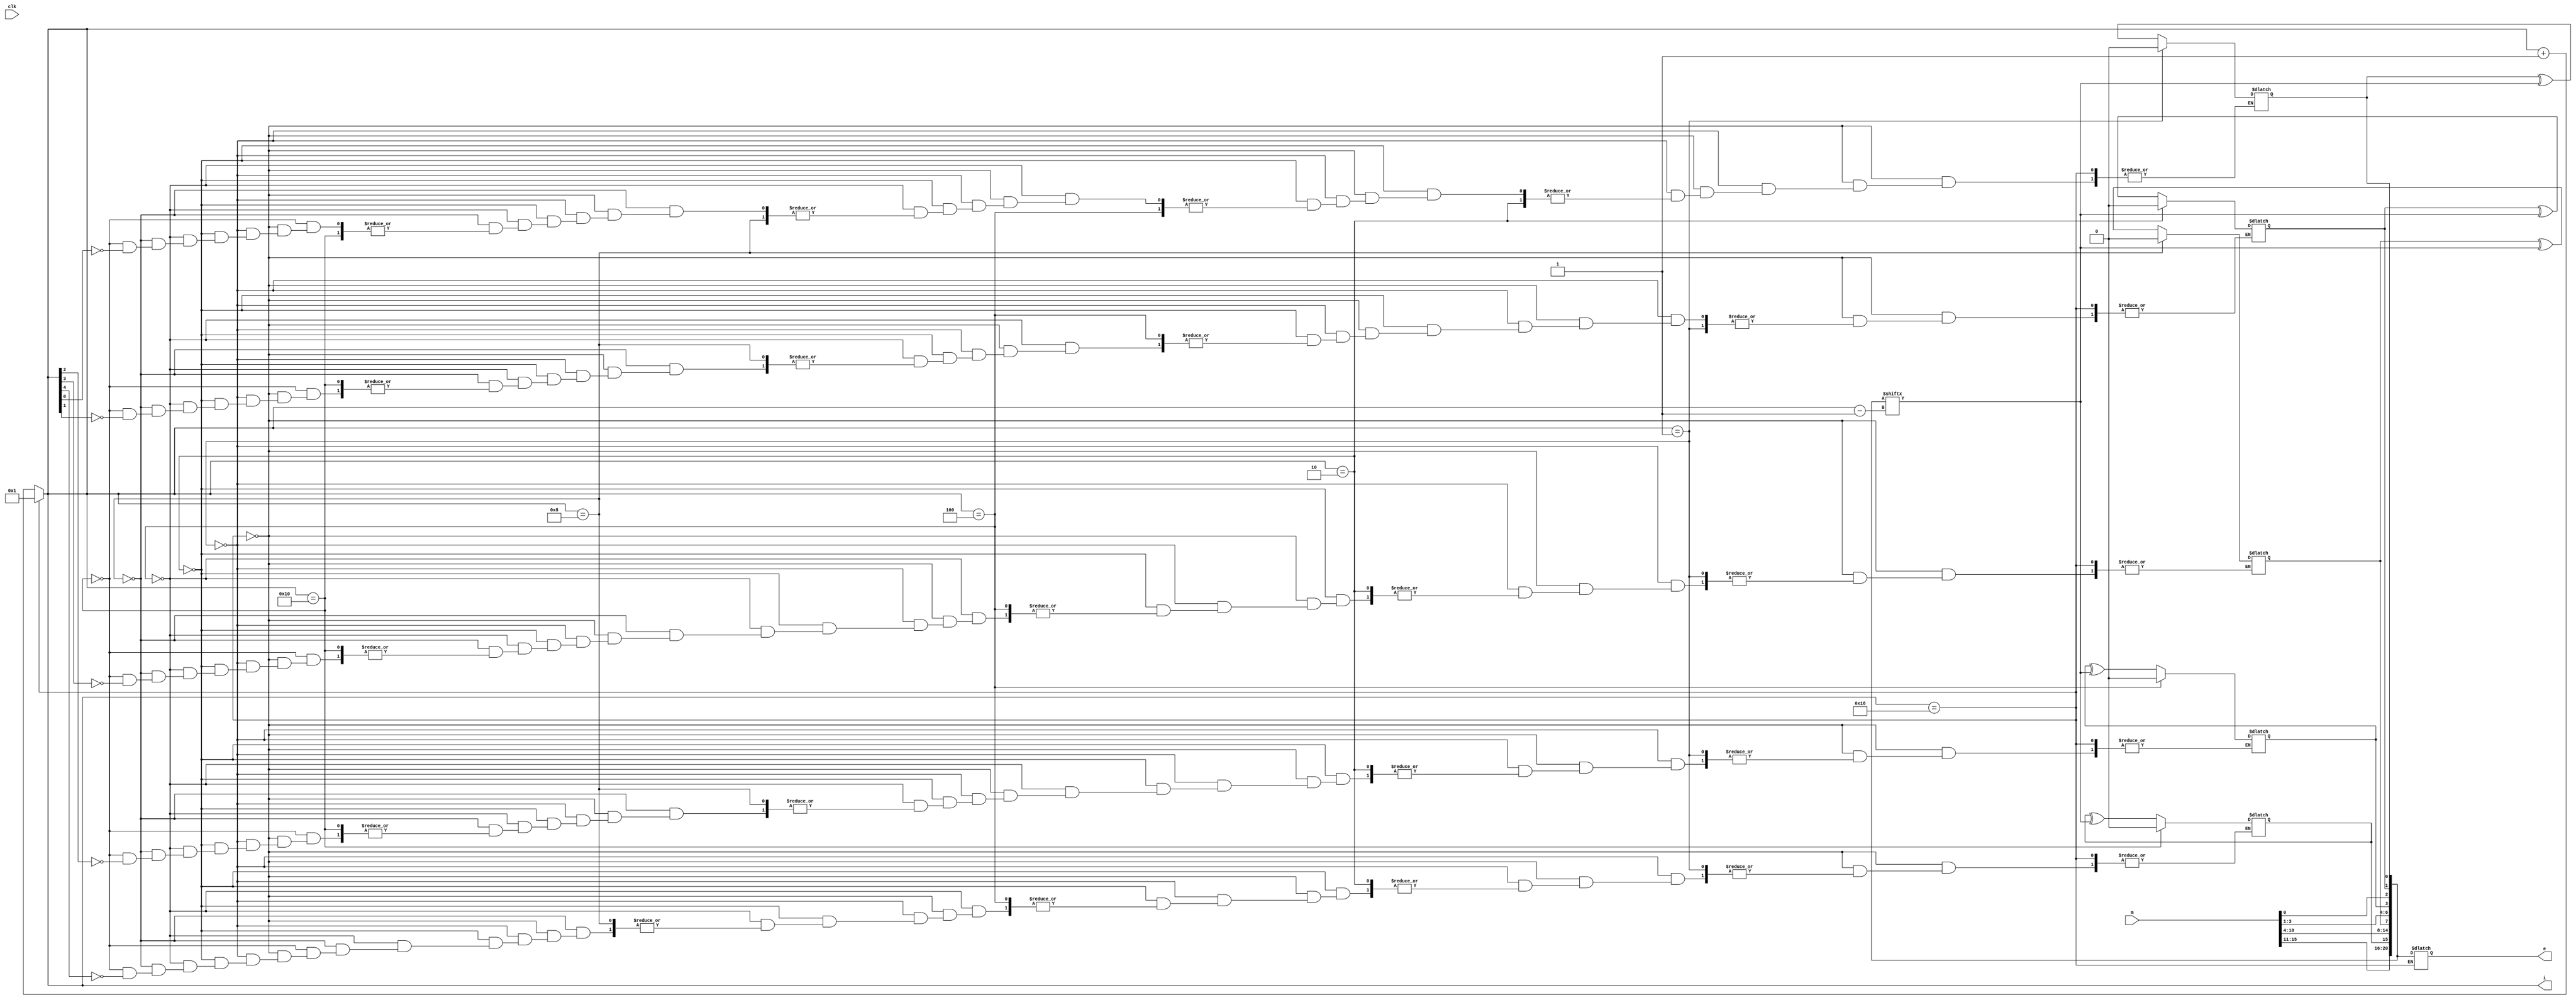
module hamming_clock(
		input [15:0] m,
		input clk,
		output reg [20:0] e,
		output reg [4:0] i
		);
reg p0,p1,p2,p3,p4;

wire [20:0] temp;

assign temp[0]=p0;
assign temp[1]=p1;
assign temp[2]=m[0];
assign temp[3]=p2;
assign temp[4]=m[1];
assign temp[5]=m[2];
assign temp[6]=m[3];
assign temp[7]=p3;
assign temp[8]=m[4];
assign temp[9]=m[5];
assign temp[10]=m[6];
assign temp[11]=m[7];
assign temp[12]=m[8];
assign temp[13]=m[9];
assign temp[14]=m[10];
assign temp[15]=p4;
assign temp[16]=m[11];
assign temp[17]=m[12];
assign temp[18]=m[13];
assign temp[19]=m[14];
assign temp[20]=m[15];

initial i=1 ;
always @ (clk) begin
if(i==22) begin
e[0]=p0;
e[1]=p1;
e[2]=m[0];
e[3]=p2;
e[4]=m[1];
e[5]=m[2];
e[6]=m[3];
e[7]=p3;
e[8]=m[4];
e[9]=m[5];
e[10]=m[6];
e[11]=m[7];
e[12]=m[8];
e[13]=m[9];
e[14]=m[10];
e[15]=p4;
e[16]=m[11];
e[17]=m[12];
e[18]=m[13];
e[19]=m[14];
e[20]=m[15];

i=1;
end
else begin
if (i==1) p0 =0;
else if (i==2) p1 =0;
else if (i==4) p2 =0;
else if (i==8) p3 =0;
else if (i==16) p4 =0;
else begin
if(i[0]==1) p0=p0^temp[i-1];
if(i[1]==1) p1=p1^temp[i-1];
if(i[2]==1) p2=p2^temp[i-1];
if(i[3]==1) p3=p3^temp[i-1];
if(i[4]==1) p4=p4^temp[i-1];
end
i=i+1;
end
end

endmodule